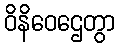
ဝိနိဝေဌေတွာ